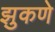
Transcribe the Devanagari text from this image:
झुकणे